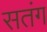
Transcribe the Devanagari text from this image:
सतंग